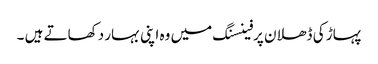
پہاڑ کی ڈھلان پرفینسنگ میں وہ اپنی بہار دکھاتے ہیں ۔